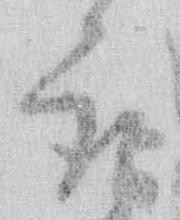
取